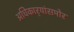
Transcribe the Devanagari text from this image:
अधिकार्‍यांसमोर